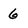
Character: 6